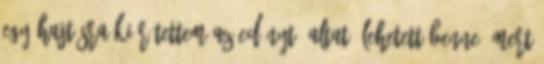
egy hajtásra kiürítettem az edényt. Altató lehetett benne, mert